Vaccination United Provinces of Agra and Oudh 1914-1922 - 1914-1922
Year: 1914
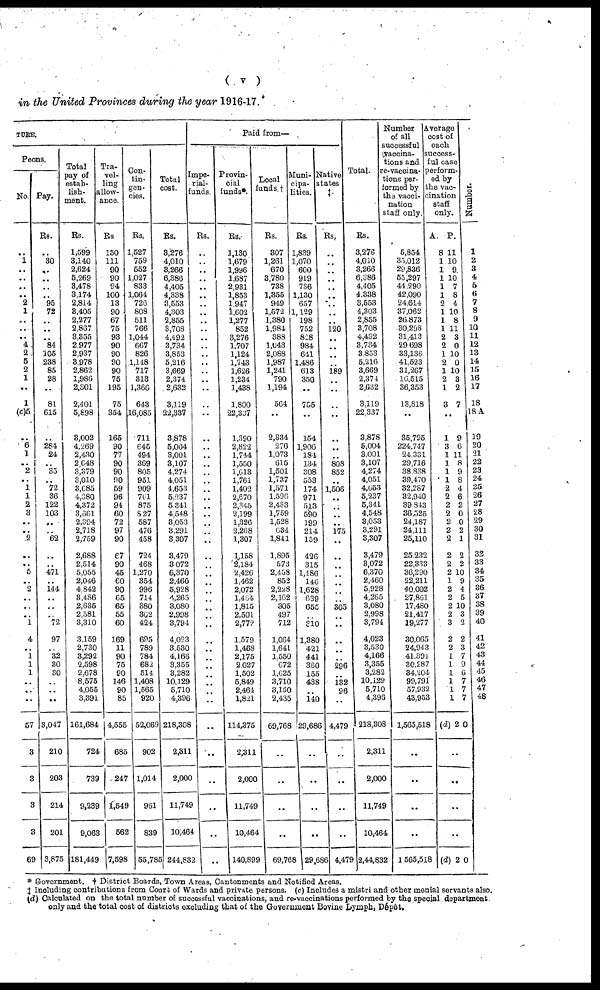
( v
)
in the United Provinces during the year 1916-17.
TURE.
Peons.
No.
..
1
..
..
..
..
2
1
..
..
..
4
2
5
2
1
..
1
(c)5
..
6
1
..
2
..
1
1
2
3
..
.. 2
..
..
5
.. 2
..
..
..
1
4
.. 1
1
1
..
..
..
57
3
3
3
3
69
Pay.
Rs.
30
..
..
..
..
95
72
..
..
..
84
105
238
85
28
..
81
615
..
284
24
..
35
..
72
36
122
103
..
62
..
..
471
..
144
..
..
.. 72
97
..
32
30
30
..
..
..
3,047
210
203
214
201
3,875
Total
pay of
estab¬
lish¬
ment.
Rs.
1,599
3,140
2,624
5,269
3,478
3,174
2,814
3,405
2,277
2,867
3,355
2,977
2,937
3,078
2,862
1,986
2,301
2,401
5,898
3,002
4,269
2,430
2,648
3,379
3,010
3,685
4,380
4,372
3,661
2,394
2,718
2,759
2,688
2,514
5,055
2,046
4,842
3,486
2,635
2,581
3,310
3,159
2,730
3,292
2,598
2,678
8,575
4,055
3,391
161,684
724
739
9,239
9,063
181,449
Tra-
vel-
ling
allow¬
ance.
Rs.
150
111
90
90
94
100
13
90
67
75
93
90
90
90
90
75
195
75
354
165
90
77
90
90
90
59
96
94
60
72
97
90
67
90
45
60
90
65
65
55
60
169
11
90
75
90
146
90
85
14,555
685
247
1,549
562
7,598
Con¬
tin¬
gen¬
cies.
Rs.
1,527
759
552
1,027
833
1,064
726
808
511
766
1,044
667
826
1,148
717
313
1,366
643
16,085
711
645
494
369
805
951
909
761
875
827
587
476
458
724
468
1,270
354
996
714
380
362
424
695
789
784
682
514
1,408
1,565
920
52,069
902
1,014
961
839
55,785
Total
cost.
Rs.
3,276
4,010
3,266
6,386
4,405
4,338
3,553
4,303
2,855
3,708
4,492
3,734
3,853
5,216
3,669
2,374
2,632
3,119
22,337
3,878
5,004
3,001
3,107
4,274
4,051
4,653
5,237
5,341
4,548
3,053
3,291
3,307
3,479
3,072
6,370
2,460
5,928
4,265
3,080
2,998
3,794
4,023
3,530
4,166
3,355
3,282
10,129
5,710
4,396
218,308
2,311
2,000
11,749
10,464
244,832
Paid from—
Impe¬
rial¬
funds.
Rs.
..
..
..
..
..
..
..
..
..
..
..
..
..
..
..
..
..
..
..
..
..
..
..
..
..
..
..
..
..
..
..
..
..
..
..
..
Provin¬
cial
funds*.
Rs.
1,130
1,679
1,996
1,687
2,931
1,853
1,947
1,602
1,277
852
3,276
1,707
1,124
1,743
1,626
1,234
1,438
1,800
22,337
1,390
2,822
1,744
1,550
1,613
1,761
1,402
2,670
2,345
2,199
1,326
2,268
1,307
1,158
2,184
2,426
1,462
2,072
1,464
1,815
2,501
2,772
1,579
1,468
2,175
2,027
1,502
5,849
2,464
1,821
114,375
2,311
2,000
11,749
10,464
140,899
Local
funds.†
Rs.
307
1,261
670
3,780
738
1,355
949
1,572
1,380
1,984
388
1,043
2,088
1,987
1,241
790
1,194
564
..
2,334
276
1,073
615
1,501
1,737
1,571
1,596
2,483
1,759
1,528
634
1,841
1,895
573
2,458
852
2,228
2,162
305
497
712
1,064
1,641
1,550
672
1,625
3,710
3,150
2,435
69,768
..
..
..
..
69,768
Muni¬
cipa¬
lities.
Rs.
1,839
1,070
600
919
736
1,130
657
1,129
198
752
828
984
641
1,486
613
350
..
755
..
154
1,906
184
134
308
553
174
971
513
590
199
214
159
426
315
1,486
146
1,628
639
655
310
1,380
421
441
360
155
438
140
29,686
..
..
..
..
29,686
Native
states
‡.
Rs.
..
..
..
..
..
120
..
..
189
..
..
..
808
852
..
1,506
..
..
..
175
..
305
..
296
132
96
..
4,479
..
..
..
..
4,479
Total.
Rs.
3,276
4,010
3,266
6,386
4,405
4,338
3,553
4,303
2,855
3,708
4,492
3,734
3,853
5,216
3,669
2,374
2,632
3,119
22,337
3,878
5,004
3,001
3,107
4,274
4,051
4,653
5,237
5,341
4,548
3,053
3,291
3,307
3,479
3,072
6,370
2,460
5,928
4,265
3,080
2,998
3,794
4,023
3,530
4,166
3,355
3,282
10,129
5,710
4,396
218,308
2,311
2,000
11,749
10,464
2,44,832
Number
of all
successful
vaccina¬
tions and
re-vaccina¬
tions per-
-----d by
the vacci¬
nation
staff only.
5,854
35,012
29,836
55,297
44,290
42,090
24,614
37,062
26,873
30,298
31,413
29,698
33,136
41,523
31,267
16,515
36,353
13,818
..
35,795
224,747
24,331
29,716
38,838
39,470
32,287
32,940
39,843
36,525
24,187
24,111
25,110
25,232
22,333
36,290
22,211
40,002
27,861
17,480
21,417
19,277
30,065
24,943
41,391
30,287
34,204
99,791
57,932
43,953
1,565,518
..
..
1,565,518
Average
cost of
each
success¬
ful case
perform¬
ed by
the vac¬
cination
staff
only.
A.
8
1
1
1
1
1
2
1
1
1
2
2
1
2
1
2
1
3
P.
11
10
9
10
7
8
4
10
8
11
3
0
10
0
10
3
2
7
..
1
3
1
1
1
1
2
2
2
2
2
2
2
2
2
2
1
2
2
2
2
3
2
2
1
1
1
1
1
1
(d)2
9
6
11
8
9
8
4
6
2
0
0
2
1
2
2
10
9
4
5
10
3
2
2
3
7
9
6
7
7
7
0
..
..
..
..
(d)2 0
Number.
1
2
3
4
5
6
7
8
9
10
11
12
13
14
15
16
17
18
18A
19
20
21
22
23
24
25
26
27
28
29
30
31
32
33
34
35
36
37
38
39
40
41
42
43
44
45
46
47
48
* Government. † District Boards, Town Areas, Cantonments and Notified Areas.
‡ Including contributions from Court of Wards and private persons. (c) Includes a mistri and other menial servants also.
(d) Calculated on the total number of successful vaccinations, and re-vaccinations performed by the special department.
only and the total cost of districts excluding that of the Government Bovine Lymph, Dépôt.